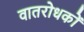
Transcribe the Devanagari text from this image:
वातरोधकों